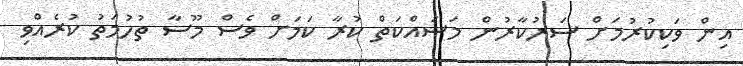
އިން ވަކިކުރުމަށް ސަރުކާރުން މަސައްކަތް ކުރާ ކަމަށް ވެސް މޫސާ ތުހުމަތު ކުރެއްވި